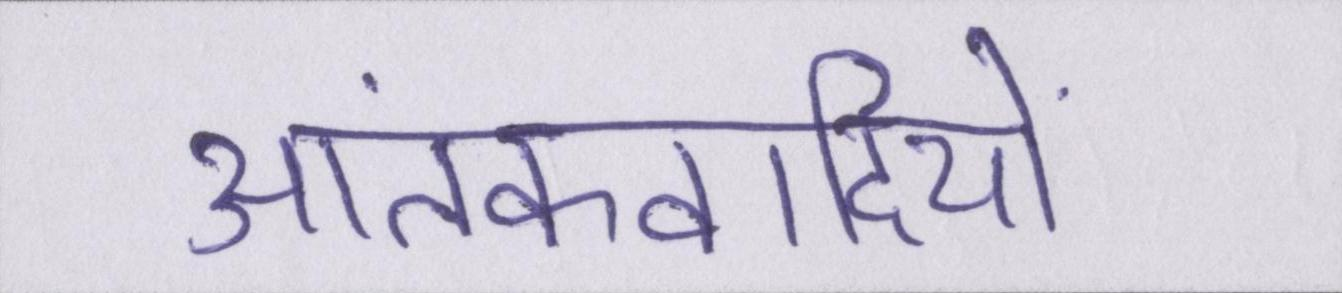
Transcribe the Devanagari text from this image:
आतंकवादियों